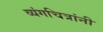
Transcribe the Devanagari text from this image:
व्यंगचित्रांनी